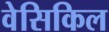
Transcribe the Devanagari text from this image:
वेसिकिल